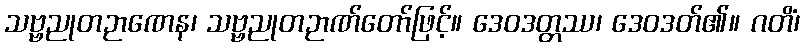
သဗ္ဗညုတဉာဏေန၊ သဗ္ဗညုတဉာဏ်တော်ဖြင့်။ ဒေဝဒတ္တဿ၊ ဒေဝဒတ်၏။ ဂတိံ၊